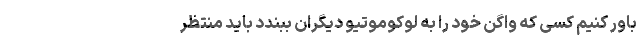
باور کنیم کسی که واگن خود را به لوکوموتیو دیگران ببندد باید منتظر